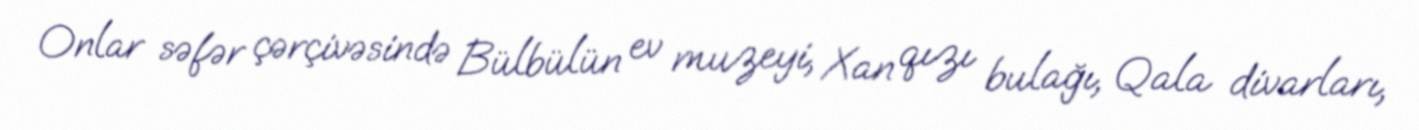
Onlar səfər çərçivəsində Bülbülün ev muzeyi, Xan qızı bulağı, Qala divarları,